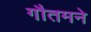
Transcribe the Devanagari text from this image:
गौतमने